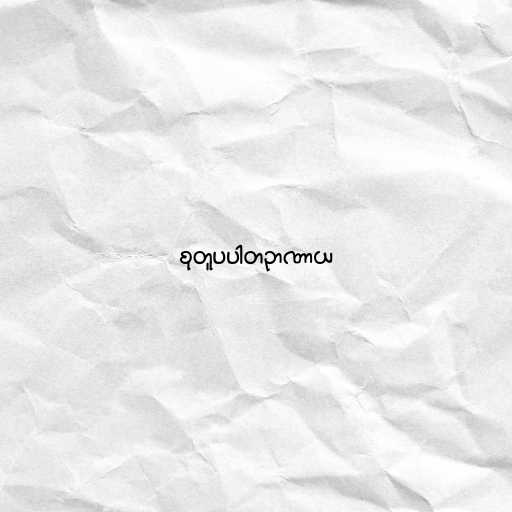
စုတူပပါတဉာဏာယ